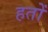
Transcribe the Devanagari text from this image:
हतों